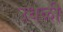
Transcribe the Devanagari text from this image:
उधळी